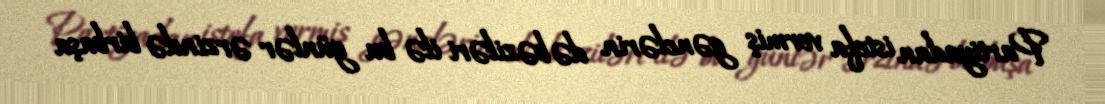
Partiyadan istefa vermiş gənclərin də bəziləri ilə bu günlər ərzində birbaşa